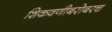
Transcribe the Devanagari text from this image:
शिकवणीबरोबरच